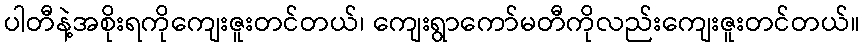
ပါတီနဲ့အစိုးရကိုကျေးဇူးတင်တယ်၊ ကျေးရွာကော်မတီကိုလည်းကျေးဇူးတင်တယ်။